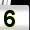
Digit: 5